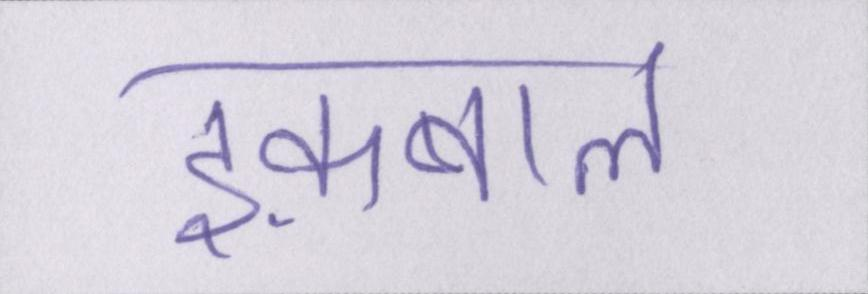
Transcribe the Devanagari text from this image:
इक़बाल